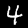
Label: 4